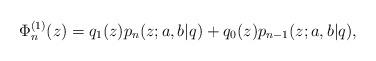
LaTeX: \begin{align*} \Phi_n^{(1)}(z)=q_1(z)p_n(z;a,b|q) +q_0(z)p_{n-1}(z;a,b|q), \end{align*}